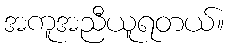
အကူအညီယူရတယ်။